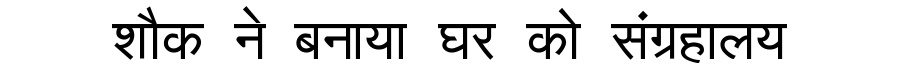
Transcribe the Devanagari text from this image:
शौक ने बनाया घर को संग्रहालय